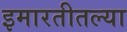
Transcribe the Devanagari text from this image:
इमारतीतल्या